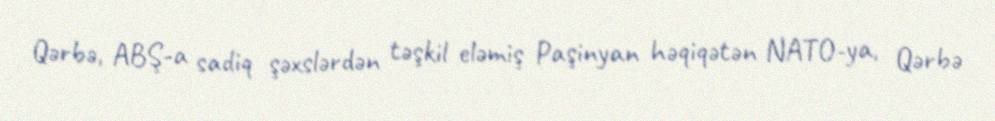
Qərbə, ABŞ-a sadiq şəxslərdən təşkil eləmiş Paşinyan həqiqətən NATO-ya, Qərbə